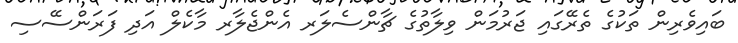
ބައިވެރިން ތަކުގެ ތެރޭގައި ޖަރުމަން ވިލާތުގެ ޗާންސެލަރ އެންޖެލާރ މާކެލް އަދި ފަރަންސޭސި